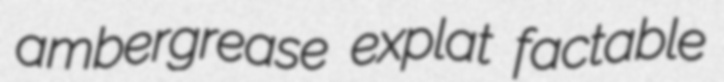
ambergrease explat factable